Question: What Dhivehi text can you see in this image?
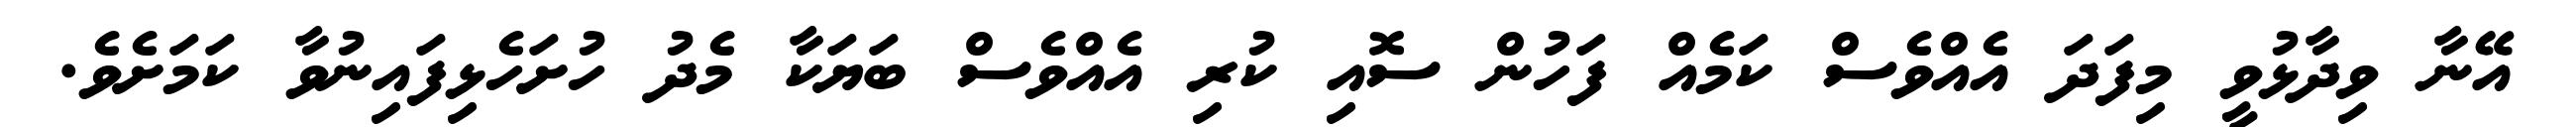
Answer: އޭނާ ވިދާޅުވީ މިފަދަ އެއްވެސް ކަމެއް ފަހުން ސޮއި ކުރި އެއްވެސް ބަޔަކާ މެދު ހުށަހެޅިފައިނުވާ ކަމަށެވެ.